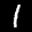
Label: 1